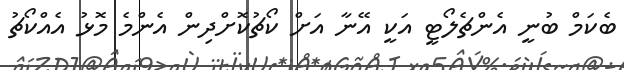
ބެކަމް ބުނީ އެންޗެލޯޓީ އަކީ އޭނާ އަށް ކޯޗުކޮށްދިން އެންމެ މޮޅު އެއްކޯޗު